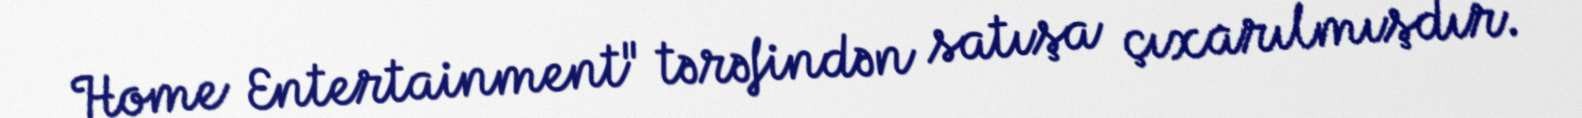
Home Entertainment" tərəfindən satışa çıxarılmışdır.